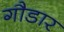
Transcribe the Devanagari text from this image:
गौडार